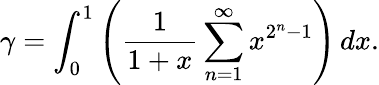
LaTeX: \gamma=\int_{0}^{1}\left({\frac{1}{1+x}}\sum_{n=1}^{\infty}x^{2^{n}-1}\right)\, dx.